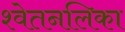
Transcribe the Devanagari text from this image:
श्वेतनलिका